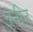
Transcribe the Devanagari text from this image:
अनीत